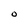
Character: O